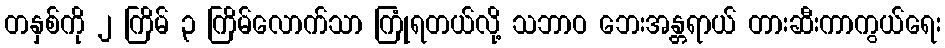
တနှစ်ကို ၂ ကြိမ် ၃ ကြိမ်လောက်သာ ကြုံရတယ်လို့ သဘာဝ ဘေးအန္တရာယ် တားဆီးကာကွယ်ရေး